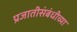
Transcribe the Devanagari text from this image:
प्रजातीसंबंधीच्या